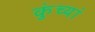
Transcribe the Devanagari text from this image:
कुंच्यां